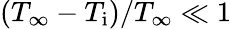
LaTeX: (T_{\infty}-T_{\mathrm{i}})/T_{\infty}\ll 1